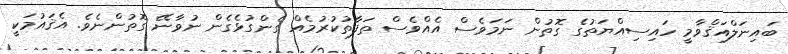
ބައިނަލްއަޤްވާމީ ހައިސިއްޔަތުގެ ގޮތުން ނަމަވެސް އެއްވެސް ތަފާތުކުރުމެއް ގެންގުޅެގެން ނުވާނޭ ގޮތުންނެވެ. އެޤައުމަކީ